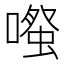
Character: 𫫱